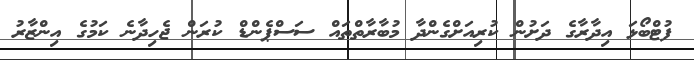
ފުޓްބޯޅަ އިދާރާގެ ދަށުން ކުރިއަށްގެންދާ މުބާރާތްތައް ސަސްޕެންޑް ކުރަން ޖެހިދާނެ ކަމުގެ އިންޒާރު